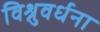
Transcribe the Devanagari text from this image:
विश्नुवर्धना